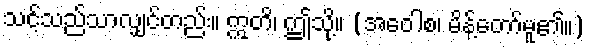
သင့်သည်သာလျှင်တည်း။ ဣတိ၊ ဤသို့။ (အဝေါစ၊ မိန့်တော်မူ၏။)